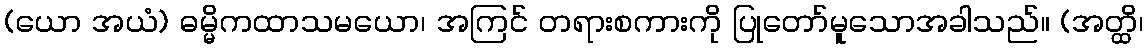
(ယော အယံ) ဓမ္မိကထာသမယော၊ အကြင် တရားစကားကို ပြုတော်မူသောအခါသည်။ (အတ္ထိ၊